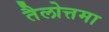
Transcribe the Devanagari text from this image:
तैलोत्तमा